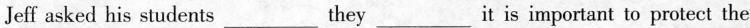
Jeff asked his students___they___it is important to protect the